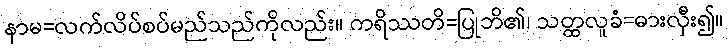
နာမ=လက်လိပ်စပ်မည်သည်ကိုလည်း။ ကရိဿတိ=ပြုဘိ၏၊ သတ္ထလူခံ=ဓားလှီး၍။